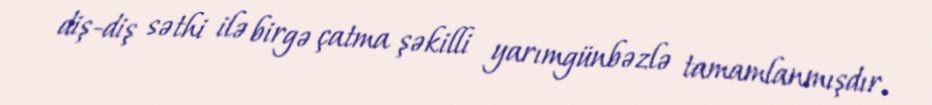
diş-diş səthi ilə birgə çatma şəkilli yarımgünbəzlə tamamlanmışdır.